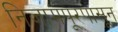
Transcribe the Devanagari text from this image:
निजामपूरपासून